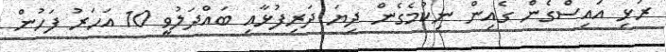
ރުޅި އައިސްގެން ގެއިން ނިކުމެގެން ދިޔަ ދަރިފުޅާއި ބައްދަލުވީ 10 އަހަރު ފަހުން